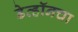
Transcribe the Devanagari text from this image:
डेव्हॉनचा